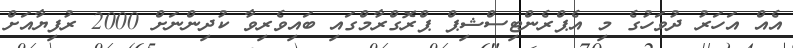
އެއް އަހަރު ދުވަހުގެ މި އެޕްރެންޓިސްޝިޕް ޕްރޮގްރާމްގައި ބައިވެރިވާ ކުދިންނަށް 2000 ރުފިޔާއަށް